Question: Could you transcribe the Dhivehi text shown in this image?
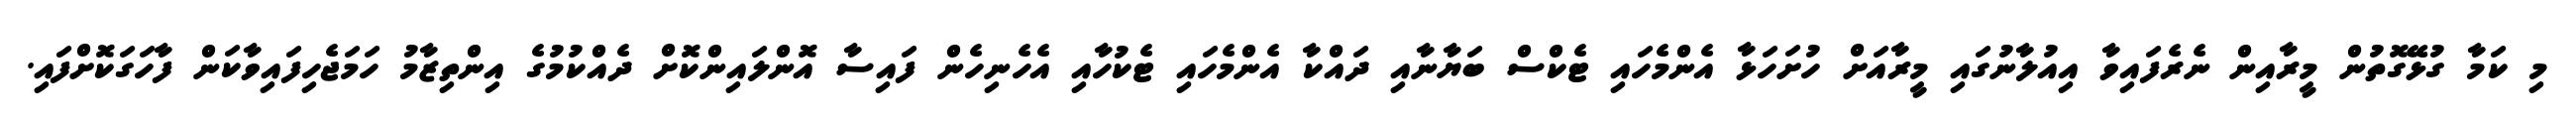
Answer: މި ކަމާ ގުޅޭގޮތުން މީރާއިން ނެރެފައިވާ އިއުލާނުގައި މީރާއަށް ހުށަހަޅާ އެންމެހައި ޓެކްސް ބަޔާނާއި ދައްކާ އެންމެހައި ޓެކުހާއި އެހެނިހެން ފައިސާ އޮންލައިންކޮށް ދެއްކުމުގެ އިންތިޒާމު ހަމަޖެހިފައިވާކަން ފާހަގަކޮށްފައި.